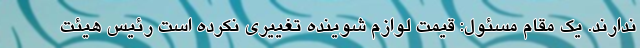
ندارند. یک مقام مسئول: قیمت لوازم شوینده تغییری نکرده است رئیس هیئت